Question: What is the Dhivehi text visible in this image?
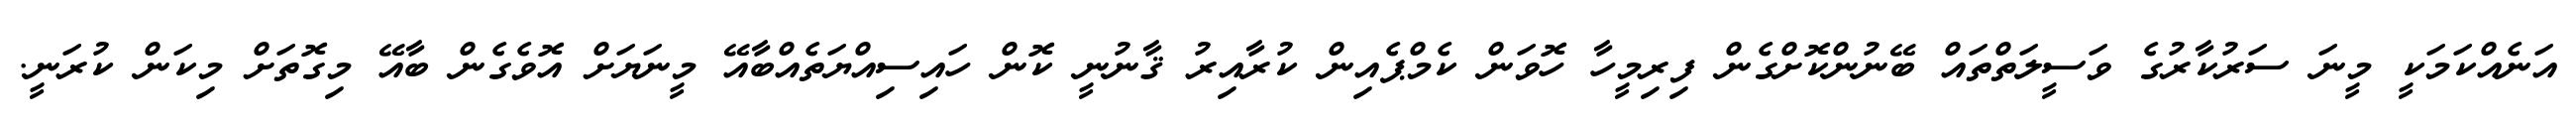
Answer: އަނެއްކަމަކީ މީނަ ސަރުކާރުގެ ވަސީލަތްތައް ބޭނުންކޮށްގެން ފިރިމީހާ ހޮވަން ކެމްޕެއިން ކުރާއިރު ޤާނުނީ ކޮން ހައިސިއްޔަތެއްބާއޭ މީނަޔަށް އޮވެގެން ބާއޭ މިގޮތަށް މިކަން ކުރަނީ.